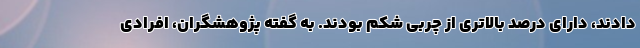
دادند، دارای درصد بالاتری از چربی شکم بودند. به گفته پژوهشگران، افرادی